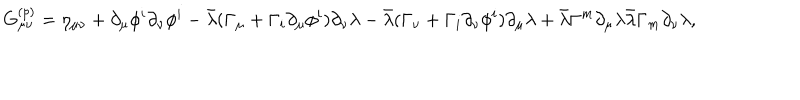
G _ { \mu \nu } ^ { ( p ) } = \eta _ { \mu \nu } + \partial _ { \mu } \phi ^ { i } \partial _ { \nu } \phi ^ { i } - \bar { \lambda } ( \Gamma _ { \mu } + \Gamma _ { i } \partial _ { \mu } \phi ^ { i } ) \partial _ { \nu } \lambda - \bar { \lambda } ( \Gamma _ { \nu } + \Gamma _ { i } \partial _ { \nu } \phi ^ { i } ) \partial _ { \mu } \lambda + \bar { \lambda } \Gamma ^ { m } \partial _ { \mu } \lambda \bar { \lambda } \Gamma _ { m } \partial _ { \nu } \lambda ,